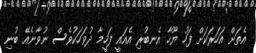
އެތަށް އަހަރަކަށް ފަހު ޔޫހާ އެނބުރި އެއައީ ފަހީމާ ދުވަހަކުވެސް ނުވާނެއޭ ބުނި